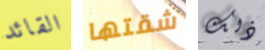
القائد شقتها ذلك